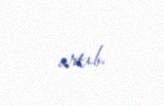
artıb.